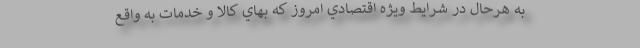
به هرحال در شرايط ويژه اقتصادي امروز كه بهاي كالا و خدمات به واقع